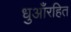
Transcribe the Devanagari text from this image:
धुआँरहित